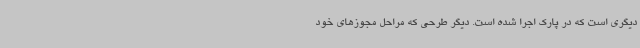
دیگری است که در پارک اجرا شده است. دیگر طرحی که مراحل مجوزهای خود